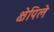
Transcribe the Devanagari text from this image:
क्षेपिले